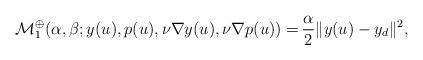
LaTeX: \begin{align*} \mathcal{M}_1^\oplus(\alpha,\beta;y(u),p(u),\nu \nabla y(u),\nu \nabla p(u)) = &\, \frac{\alpha}{2}\|y(u) - y_d\|^2,\end{align*}